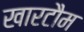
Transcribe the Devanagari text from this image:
खारटौम